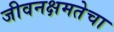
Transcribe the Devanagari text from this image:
जीवनक्षमतेचा